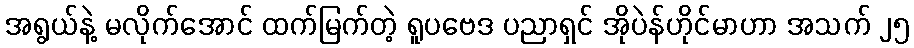
အရွယ်နဲ့ မလိုက်အောင် ထက်မြက်တဲ့ ရူပဗေဒ ပညာရှင် အိုပဲန်ဟိုင်မာဟာ အသက် ၂၅